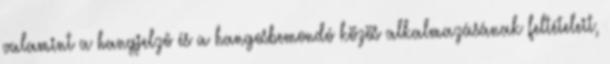
valamint a hangjelzõ és a hangosbemondó közös alkalmazásának feltételeit,